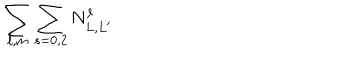
\sum _ { \ell , m } \sum _ { s = 0 , 2 } N _ { L , L ^ { \prime } } ^ { \ell }